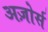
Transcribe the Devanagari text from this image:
अज़ोर्स